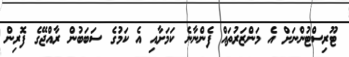
ޓޫރިސްޓުންނަށް އެ މަންޒަރުތައް ފެންނާނެ ކަމަށާއި އެ ކަމުގެ ސަބަބުން ރާއްޖޭގެ ފޮރިން